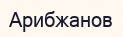
Арибжанов